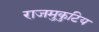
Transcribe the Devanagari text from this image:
राजमुकुटिय